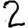
Digit: 2